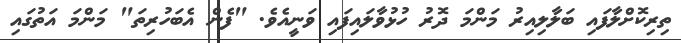
ތިރިކޮށްލާފައި ބަލާލިއިރު މަންމަ ދޮރު ހުޅުވާލައިފައި ވަނީއެވެ. "ފެން އެބަހުރިތަ" މަންމަ އަތުގައި